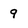
Character: 9